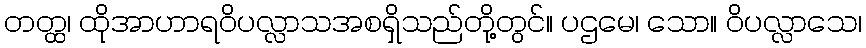
တတ္ထ၊ ထိုအာဟာရဝိပလ္လာသအစရှိသည်တို့တွင်။ ပဌမေ၊ သော။ ဝိပလ္လာသေ၊